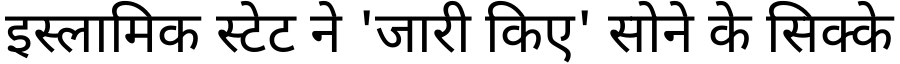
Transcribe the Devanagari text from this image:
इस्लामिक स्टेट ने 'जारी किए' सोने के सिक्के